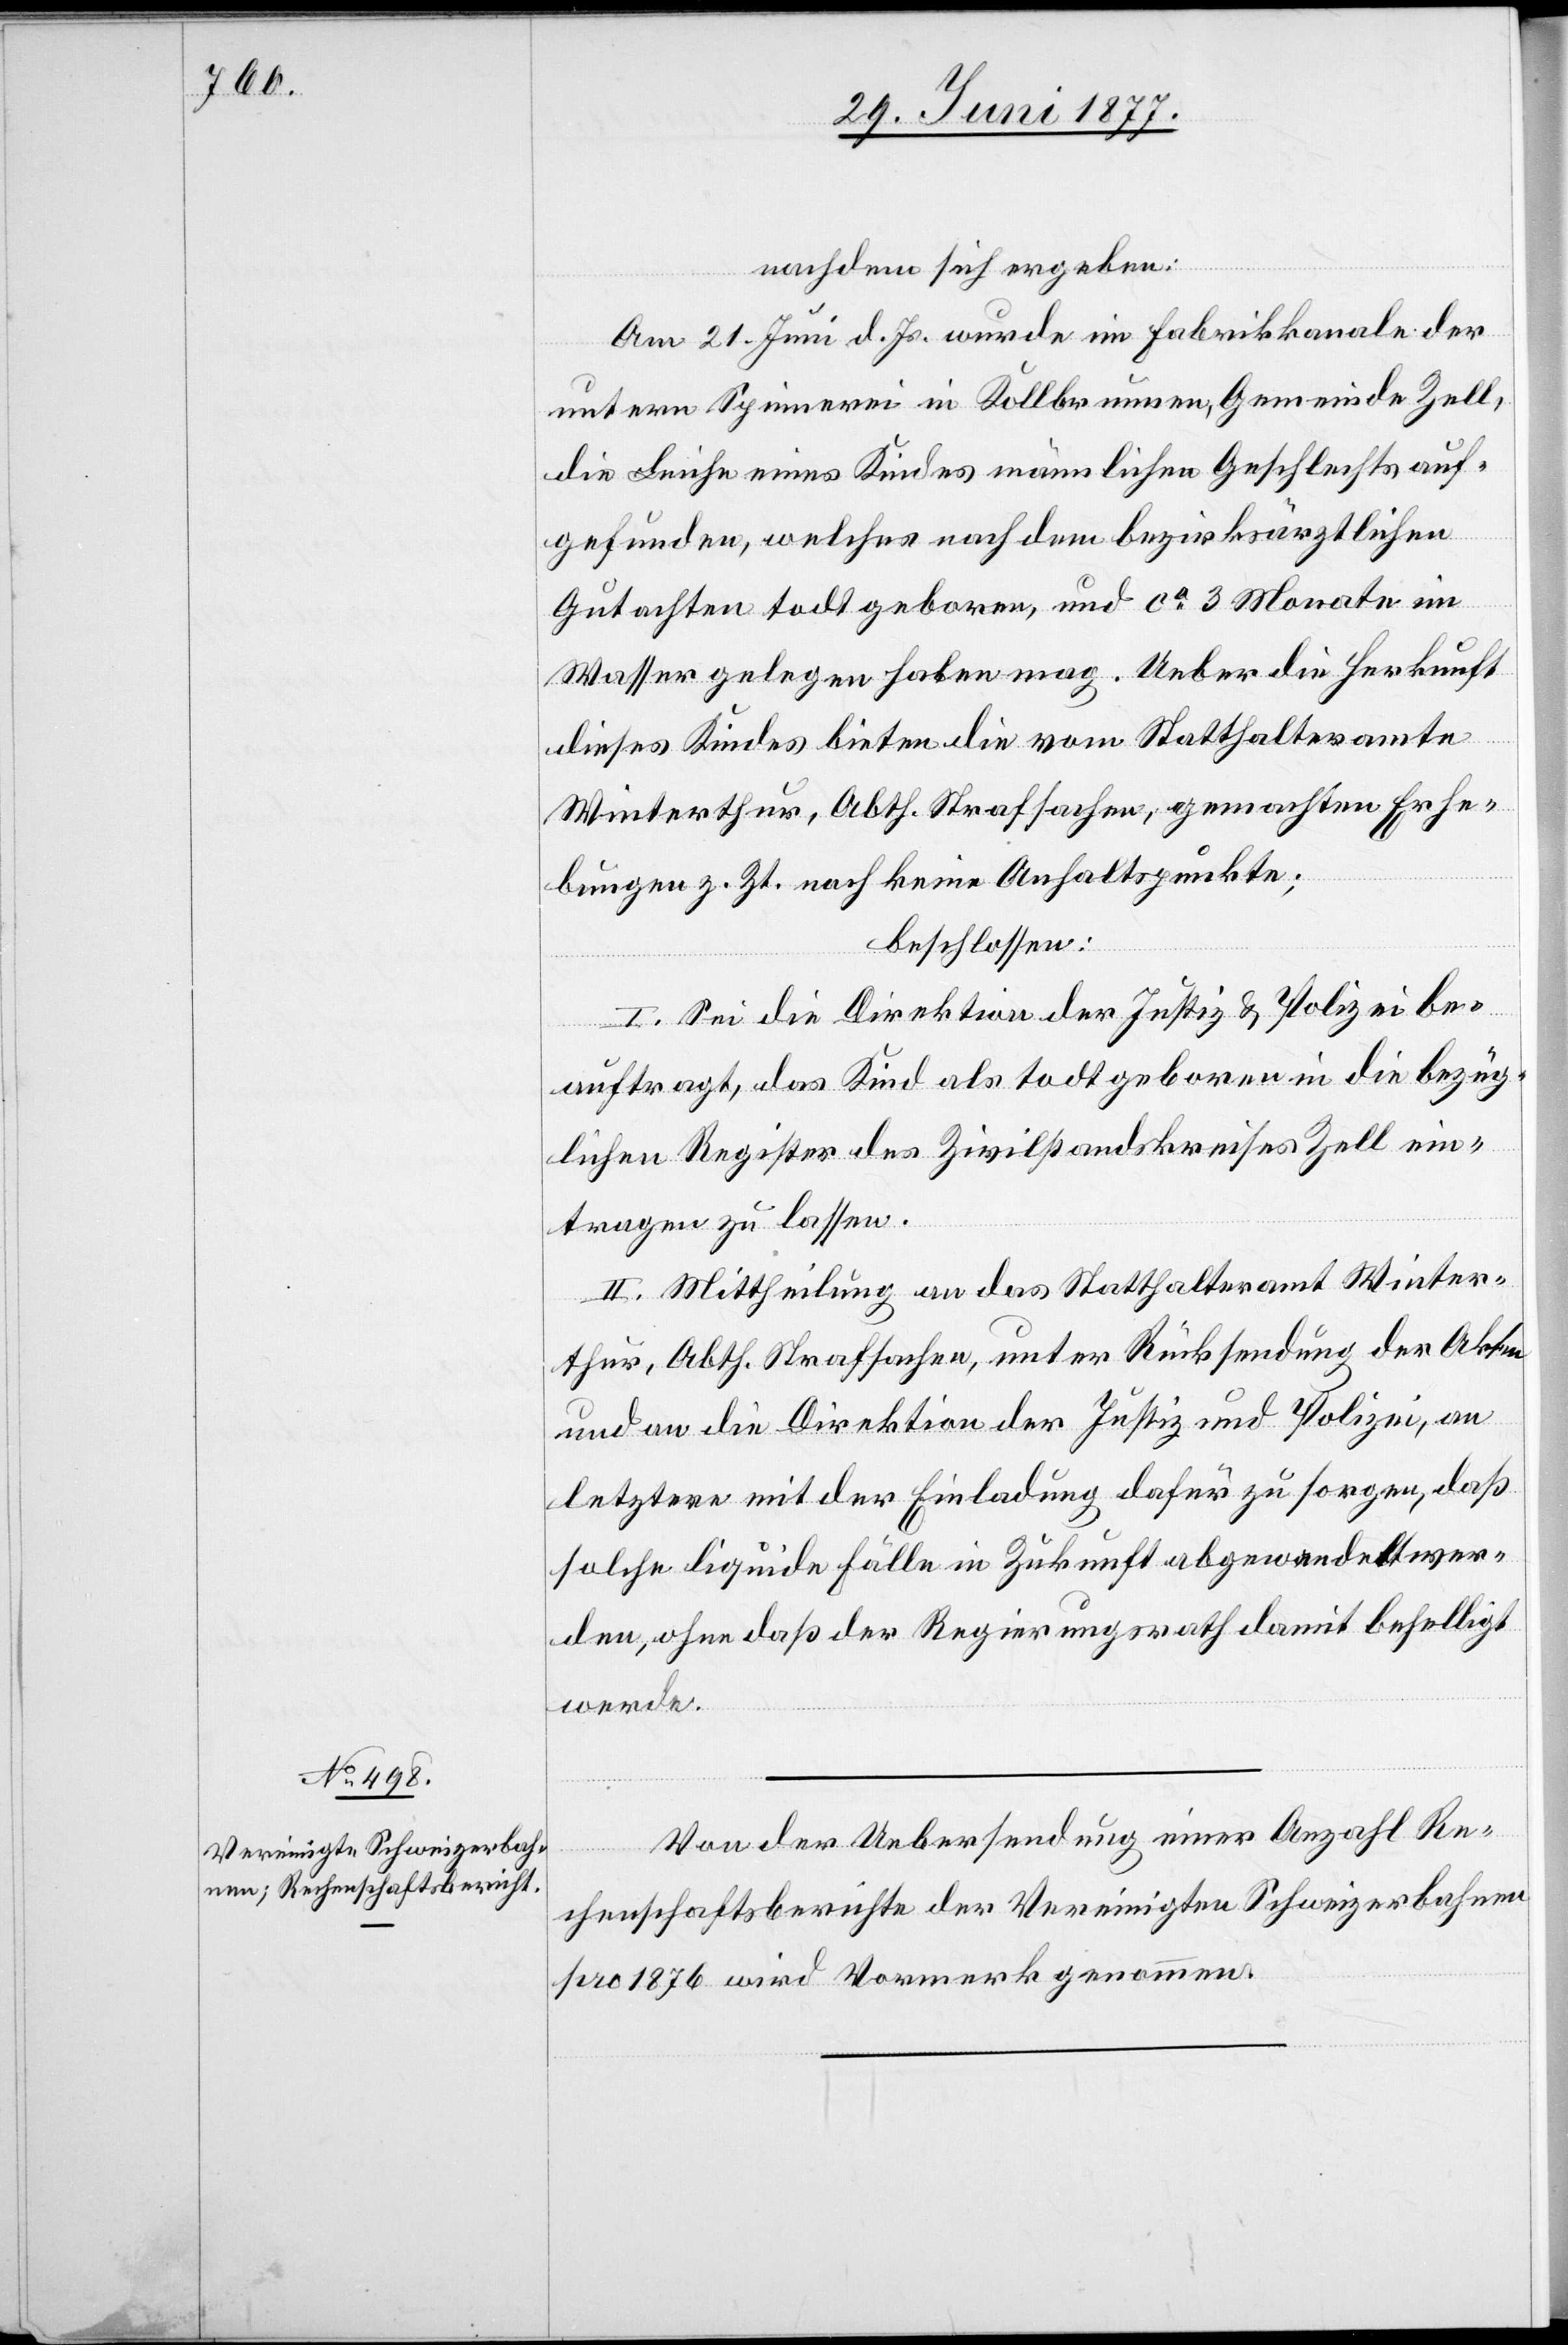
nachdem sich ergeben:
Am 21. Juni d. Js. wurde im Fabrikkanale der
untern Spinnerei in Kollbrunnen, Gemeinde Zell,
die Leiche eines Kindes männlichen Geschlechts auf¬
gefunden, welches nach dem bezirksräthlichen
Gutachten todt geboren, und ca 3 Monate im
Wasser gelegen haben mag. Ueber die Herkunft
dieses Kindes bieten die vom Statthalteramte
Winterthur, Abth. Strafsachen, gemachten Erhe¬
bungen z. Zt. noch keine Anhaltspunkte:
beschlossen:
I. Sei die Direktion der Justiz & Polizei be¬
auftragt, das Kind als todt geboren in die bezüg¬
lichen Register des Zivilstandskreises Zell ein¬
tragen zu lassen.
II. Mittheilung an das Statthalteramt Winter¬
thur, Abth. Strafsachen, unter Rücksendung der Akten
und an die Direktion der Justiz und Polizei, an
letztere mit der Einladung, dafür zu sorgen, daß
solche liquide Fälle in Zukunft abgewandelt wer¬
den, ohne daß der Regierungsrath damit behelligt
werde.
Von der Uebersendung einer Anzahl Re¬
chenschaftsberichte der Vereinigten Schweizerbahnen
pro 1876 wird Vormerk genommen.